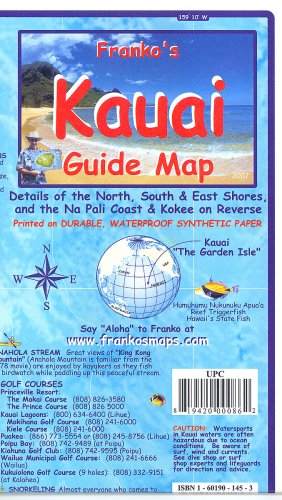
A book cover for Franko's Kauai Guide Map; Frank M. Nielsen; Travel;